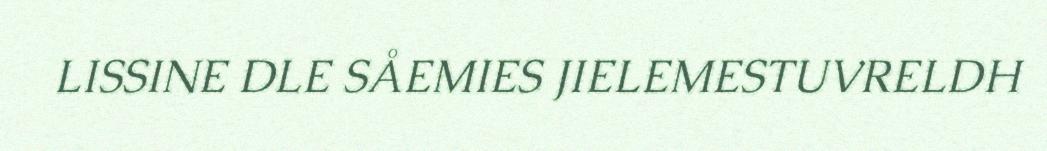
LISSINE DLE SÅEMIES JIELEMESTUVRELDH